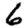
Digit: 6